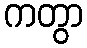
ကတွာ